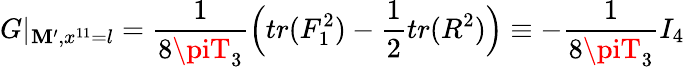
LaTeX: G\vert_{{\cal\mathbf{M}}^{\prime},x^{11}=l}={\frac{{1}}{{8\piT_{3}}}}\Big(tr(F_{1}^{2})-{\frac{{1}}{{2}}}tr(R^{2})\Big)\equiv-{\frac{{1}}{{8\piT_{3}}}}I_{4}